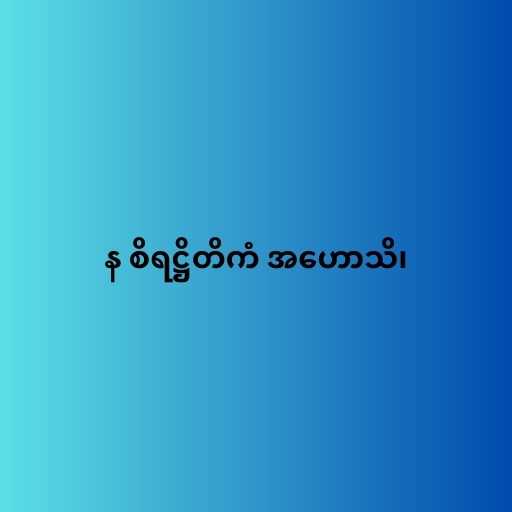
န စိရဋ္ဌိတိကံ အဟောသိ၊